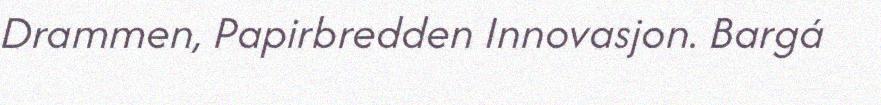
Drammen, Papirbredden Innovasjon. Bargá